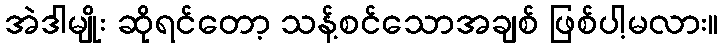
အဲဒါမျိုး ဆိုရင်တော့ သန့်စင်သောအချစ် ဖြစ်ပါ့မလား။